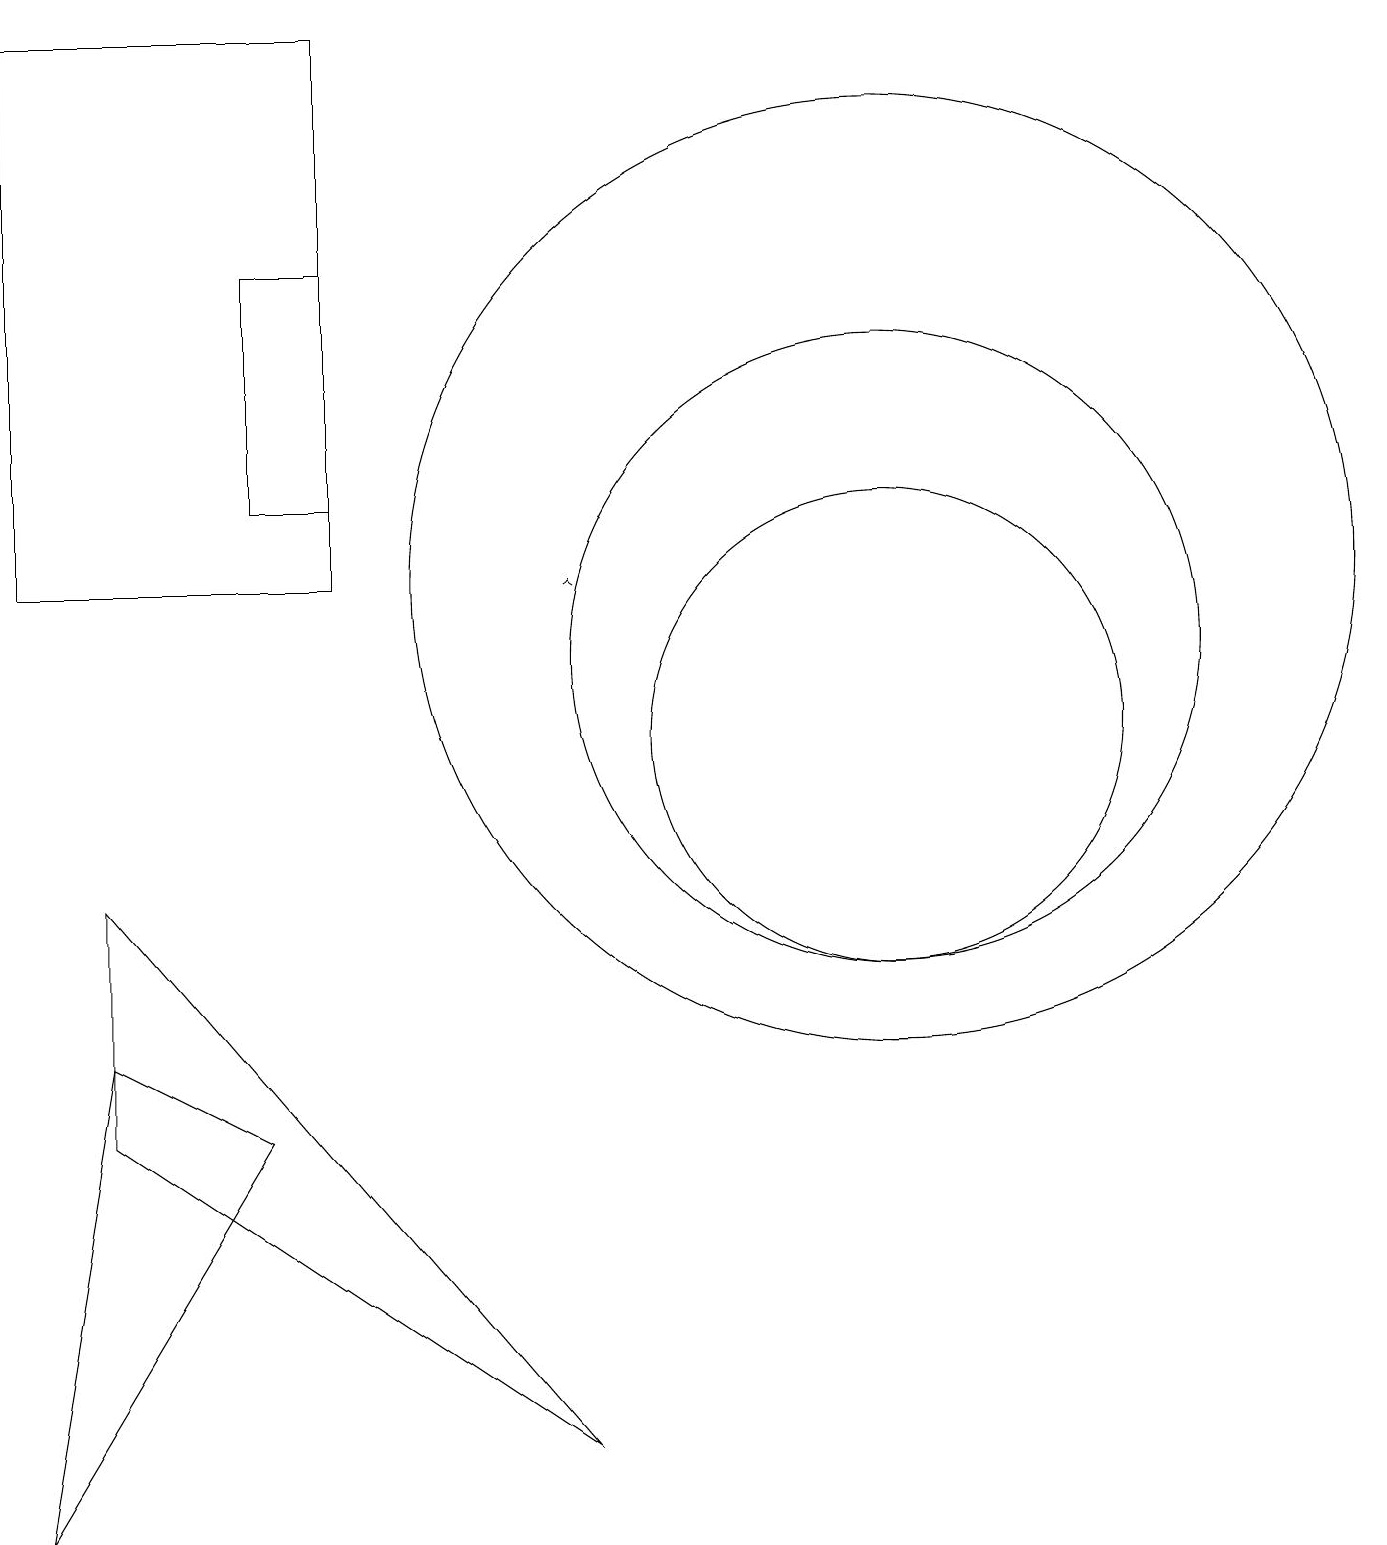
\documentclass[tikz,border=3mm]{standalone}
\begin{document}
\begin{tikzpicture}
\draw[->] (7,12) -- (7,12);
\draw (11,11) circle (4);
\draw (11,10) circle (3);
\draw (11,12) circle (6);
\draw (4,13) rectangle (3,16);
\draw (1,8) -- (1,5) -- (7,1) -- cycle;
\draw (1,6) -- (3,5) -- (0,0) -- cycle;
\draw (0,12) rectangle (4,19);
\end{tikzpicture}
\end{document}